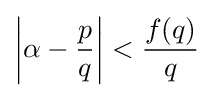
\left|\alpha -{\frac {p}{q}}\right|<{\frac {f(q)}{q}}